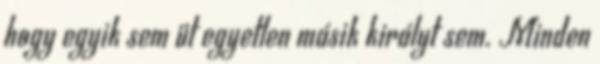
hogy egyik sem üt egyetlen másik királyt sem. Minden